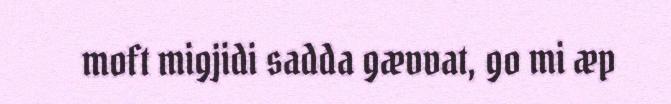
moft migjidi sadda gævvat, go mi æp